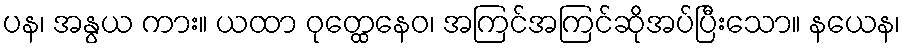
ပန၊ အနွယ ကား။ ယထာ ဝုတ္ထေနေဝ၊ အကြင်အကြင်ဆိုအပ်ပြီးသော။ နယေန၊